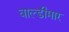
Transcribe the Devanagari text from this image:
वाल्डीमार